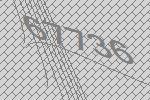
67736